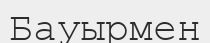
Бауырмен